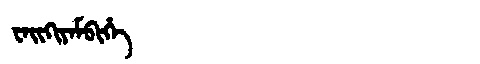
Manchu: ᠸᠠᡳᡴᡳᠶᠠᠮᠪᡳᡥᡝ
Romanization: WAIKIYAMBIHE